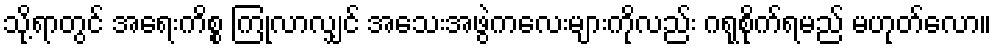
သို့ရာတွင် အရေးကိစ္စ ကြုံလာလျှင် အသေးအဖွဲကလေးများကိုလည်း ဂရုစိုက်ရမည် မဟုတ်လော။